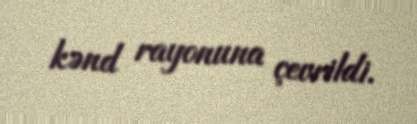
kənd rayonuna çevrildi.